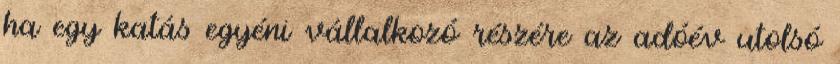
ha egy katás egyéni vállalkozó részére az adóév utolsó